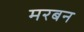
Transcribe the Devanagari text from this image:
मरबन